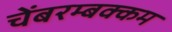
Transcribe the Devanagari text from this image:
चेंबरम्बक्कम